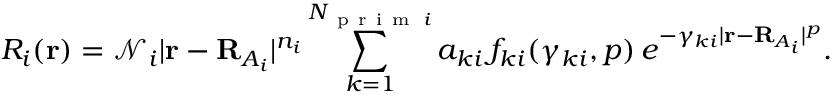
R _ { i } ( \mathbf { r } ) = \mathcal { N } _ { i } \vert \mathbf { r } - \mathbf { R } _ { A _ { i } } \vert ^ { n _ { i } } \sum _ { k = 1 } ^ { N _ { \mathrm { ~ p ~ r ~ i ~ m ~ } \, i } } a _ { k i } \, f _ { k i } ( \gamma _ { k i } , p ) \, e ^ { - \gamma _ { k i } \vert \mathbf { r } - \mathbf { R } _ { A _ { i } } \vert ^ { p } } .